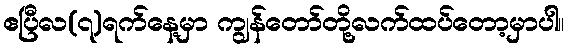
ဧပြီလ(၇)ရက်နေ့မှာ ကျွန်တော်တို့လက်ထပ်တော့မှာပါ။